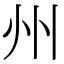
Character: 州